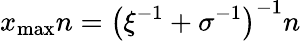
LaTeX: x_{\mathrm{max}}n=\left(\xi^{-1}+\sigma^{-1}\right)^{-1}n